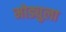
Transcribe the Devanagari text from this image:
मोड्युला